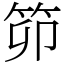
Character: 笷